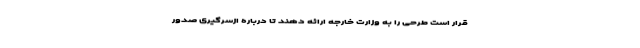
قرار است طرحی را به وزارت خارجه ارائه دهند تا درباره ازسرگیری صدور